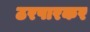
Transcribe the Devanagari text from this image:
ठरपारकर